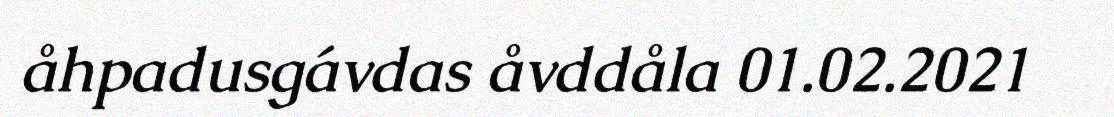
åhpadusgávdas åvddåla 01.02.2021